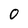
Character: O